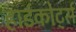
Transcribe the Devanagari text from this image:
हार्डकोर्ट्स